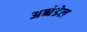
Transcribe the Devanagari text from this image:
अब्बेडेल